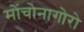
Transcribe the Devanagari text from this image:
मोंचोनागोरो